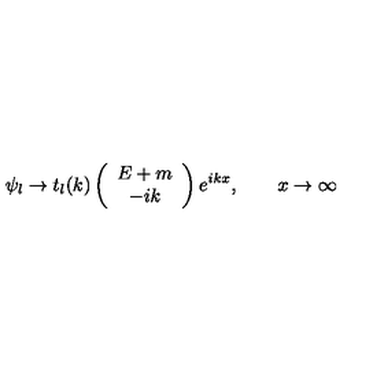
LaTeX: \psi _ { l } \to t _ { l } ( k ) \left( \begin{array} { c } { E + m } \\ { - i k } \\ \end{array} \right) e ^ { i k x } , \qquad x \to \infty